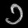
Digit: ၁